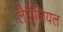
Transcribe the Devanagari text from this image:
लैरिंजियल